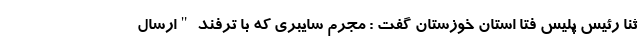
ثنا رئیس پلیس فتا استان خوزستان گفت : مجرم سایبری که با ترفند "ارسال